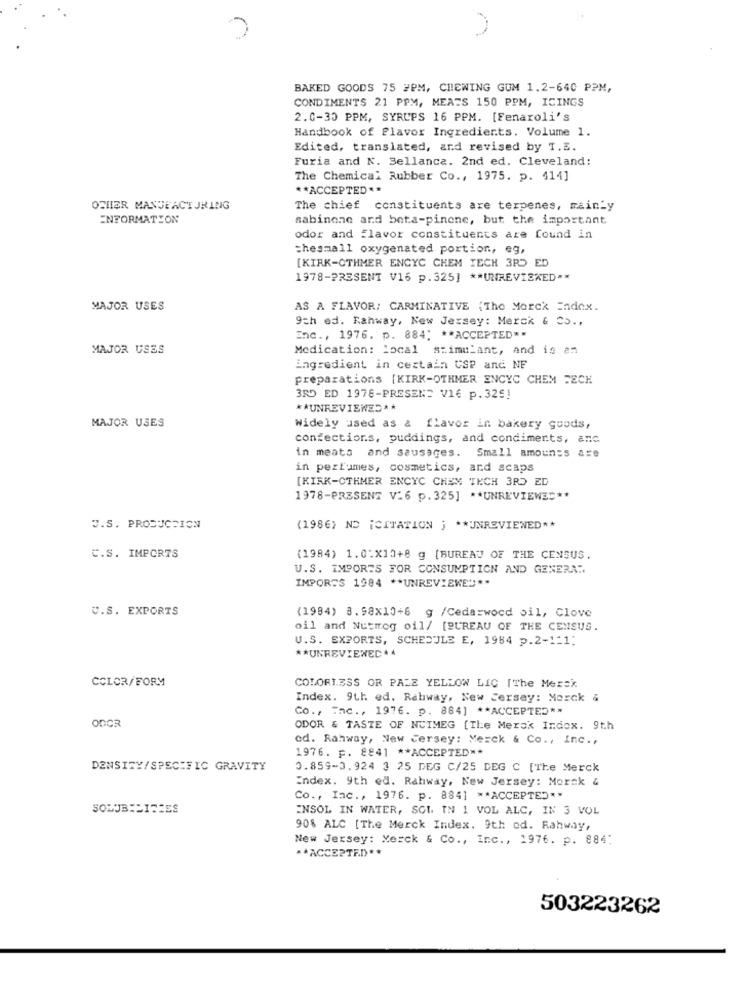
BAKED GOODS 75 #PM, CHEWING GUM 1.2-640 PPM,
CONDIMENTS 21 PPM, MEATS 150 PPM, ICINGS
2.0-30 PPM, SYRUPS 16 PPM. [Fenaroli's
Handbook of Flavor Ingredients. Volume 1.
Edited, translated, and revised by T.3.
Furia and N. Sellanca. 2nd ed. Cleveland:
The Chemical Rubber Co ., 1975. p. 414]
** ACCEPTED **
OTHER MANDEACT JRING
The chief constituents are terpenes, mainly
ENFORMATION
sabinone and beta-pinene, but the important
odor and flavor constituents are found in
thesmall oxygenated portion, eg,
[KIRK-CTHMER ENCYC CHEM TECH 3RD ED
1978-PRESENT V16 p.325] ** UNREVIEWED **
MAJOR USES
AS A FLAVOR; CARMINATIVE {The Morek Endox.
9ch ed. Rahway, New Jersey: Merck & Co .,
Inc ., 1976. p. 884; ** ACCEPTED **
MAJOR USES
Medication: local stimulant, and is an
ingredient in certain CSP and NF
preparations [KIRK-OTHMER ENCYC CHEM FECH
3RD ED 1978-PRESENT V16 p.329!
* * UNREVIEWED **
MAJOR USES
Widely used as & flavor in bakery goods,
confections, puddings, and condiments, anc
in meats and sausages. Small amounts are
in perfumes, cosmetics, and scaps
[KIRK-CTRMER ENCYC CHEM TECH 3RD ED
1978-PRESENT V:6 p.325] ** UNREVIEWED **
U.S. PRODUCTION
(1986) ND ¡CITATION ; ** UNREVIEWED **
C.S. IMPORTS
(1984) 1.0:X10+8 g [BUREAU OF THE CENSUS.
U.S. IMPORTS FOR CONSUMPTION AND GENERA"
IMPORTS 1984 ** UNREVIEWED **
C.S. EXPORTS
(1984) 8.98x10+6 g /Cedarwood oil, Clove
oil and Nutmeg oil/ [BUREAU OF THE CENSUS.
U.S. EXPORTS, SCHEDULE E, 1984 p.2-1-1:
** UNREVIEWED **
COLOR/FORM
COLORI.3SS OR PALE YELLOW LIC [The Merck
Index. 9th ed. Rahway, New Jersey: Merck &
Co ., Inc ., 1976. p. 884] ** ACCEPTED **
ODCR
ODOR & TASTE OF NCIMEG [The Merok Index. 9th
ed. Rahway, New Jersey: Merck & Co ., Inc .,
1976. p. 8841 ** ACCEPTED **
DENSITY/SPECIFIC GRAVITY
0.859-3.924 3 25 DEG C/25 DEG C [The Merck
Index. 9th ed. Rahway, New Jersey: Morak &
Co ., Inc ., 1976. p. 884] ** ACCEPTE"""
SOLUBILITZES
ENSOL IN WATER, SOL IN 1 VOL ALC, IN 3 VOL
90% ALC [The Merck Index. 9th od. Rahway,
New Jersey: Merck & Co ., Inc ., 1976. p. 884:
** ACCEPTED **
503223262